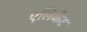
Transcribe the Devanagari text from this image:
एलिकैंट